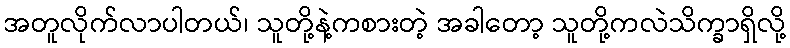
အတူလိုက်လာပါတယ်၊ သူတို့နဲ့ကစားတဲ့ အခါတော့ သူတို့ကလဲသိက္ခာရှိလို့